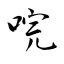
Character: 唍